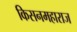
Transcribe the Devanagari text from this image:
किसनमहाराज